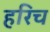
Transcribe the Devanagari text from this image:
हरिच